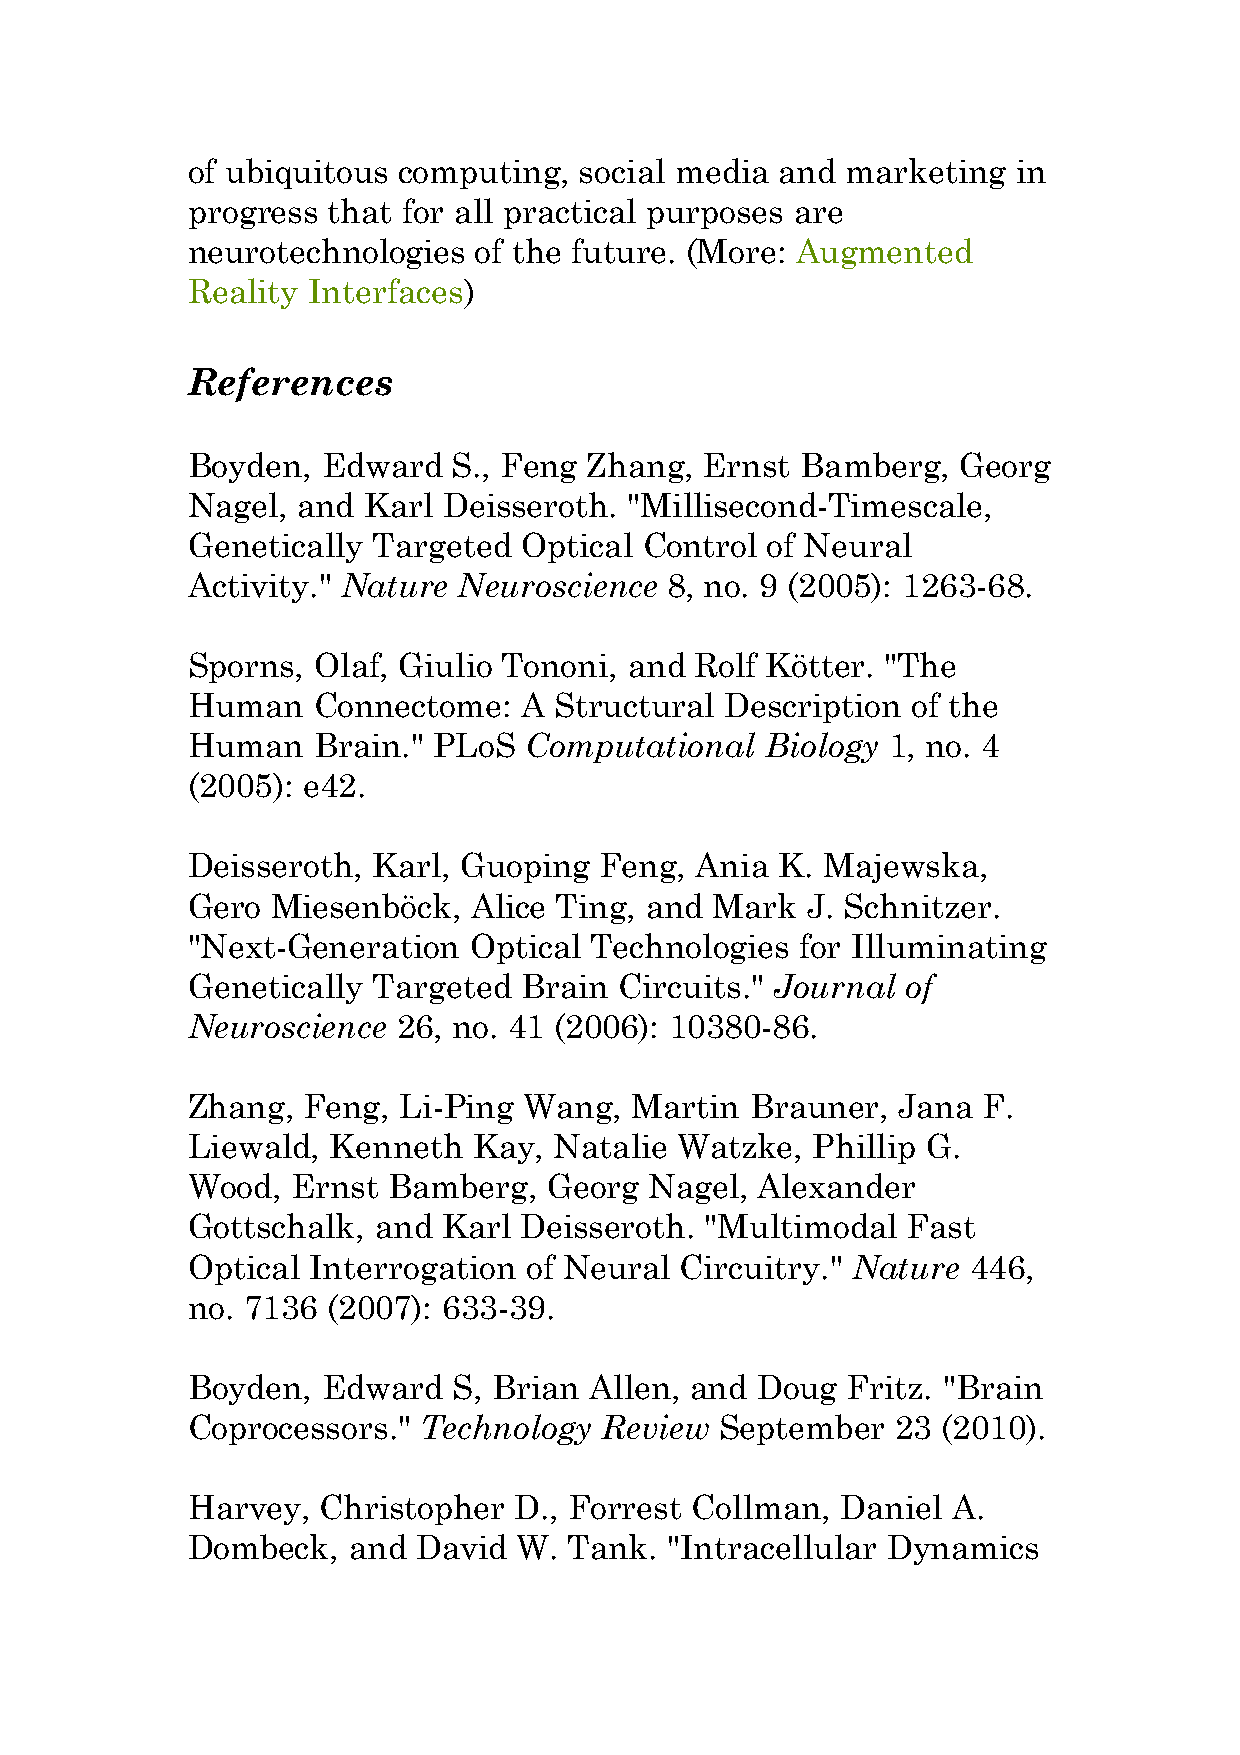
of ubiquitous computing,  social media  and marketing  in
 progress  that for all practical purposes are
 neurotechnologies  of the future. (More: Augmented
 Reality Interfaces)
 [
 References
 Boyden,  Edward   S., Feng Zhang,  Ernst Bamberg,  Georg
 Nagel,  and Karl Deisseroth.  "Millisecond-Timescale,
 Genetically  Targeted Optical  Control of Neural
 Activity." Nature Neuroscience  8, no. 9 (2005): 1263-68.
 Sporns,  Olaf, Giulio Tononi, and Rolf Kötter. "The
 Human    Connectome:   A Structural Description of the
 Human    Brain." PLoS  Computational   Biology 1, no. 4
 (2005): e42.
 Deisseroth,  Karl, Guoping  Feng, Ania  K. Majewska,
 Gero  Miesenböck,  Alice Ting, and Mark  J. Schnitzer.
 "Next-Generation   Optical Technologies  for Illuminating
 Genetically  Targeted Brain  Circuits." Journal of
 Neuroscience  26, no. 41 (2006): 10380-86.
 Zhang,  Feng, Li-Ping  Wang,  Martin  Brauner, Jana  F.
 Liewald,  Kenneth  Kay,  Natalie Watzke,  Phillip G.
 Wood,  Ernst  Bamberg,  Georg  Nagel, Alexander
 Gottschalk,  and Karl Deisseroth.  "Multimodal  Fast
 Optical Interrogation  of Neural Circuitry." Nature 446,
 no. 7136  (2007): 633-39.
 Boyden,  Edward   S, Brian Allen, and Doug  Fritz. "Brain
 Coprocessors."  Technology  Review  September  23 (2010).
 Harvey,  Christopher  D., Forrest Collman,  Daniel A.
 Dombeck,   and  David W.  Tank. "Intracellular Dynamics